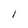
Character: l